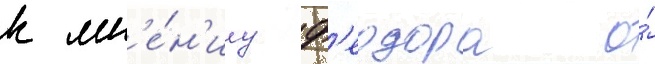
к мн'е́н'иу ф'еодора о́